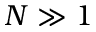
N \gg 1